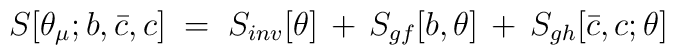
S[\theta_\mu;b,{\bar c}, c] \;=\; S_{inv}[\theta] \,+\,S_{gf}[b,\theta]\,+\, S_{gh}[{\bar c},c;\theta]